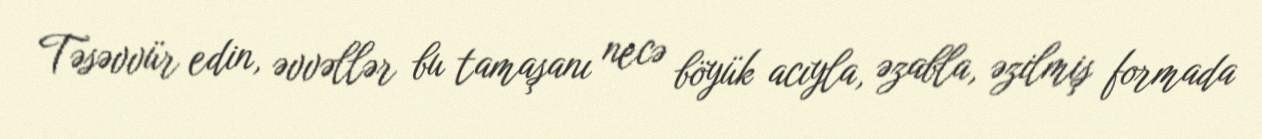
Təsəvvür edin, əvvəllər bu tamaşanı necə böyük acıyla, əzabla, əzilmiş formada